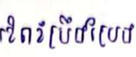
ខិតខំប្រឹងប្រែង